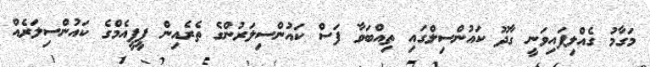
މަގާމު ގެއްލިފައިވަނީ ގާދޫ ކައުންސިލްގައި ތިއްބަވާ ފަސް ކައުންސިލަރުންގެ ތެރެއިން ޕީޕީއެމްގެ ކައުންސިލަރެއް